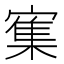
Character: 𰍜